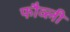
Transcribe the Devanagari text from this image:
फौव्ली